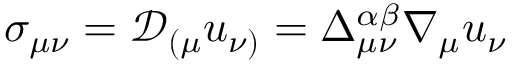
\sigma _ { \mu \nu } = \mathcal { D } _ { ( \mu } u _ { \nu ) } = \Delta _ { \mu \nu } ^ { \alpha \beta } \nabla _ { \mu } u _ { \nu }